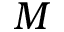
M